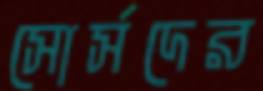
সোর্সদের